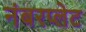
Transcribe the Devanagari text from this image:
नंबरप्लेट